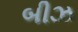
બીઝ